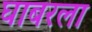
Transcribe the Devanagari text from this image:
घाबरला